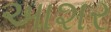
આશર